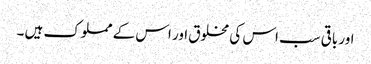
اور باقی سب اس کی مخلوق اور اس کے مملوک ہیں ۔